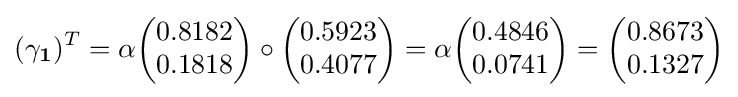
(\mathbf {\gamma _{1}} )^{T}=\alpha {\begin{pmatrix}0.8182\\0.1818\end{pmatrix}}\circ {\begin{pmatrix}0.5923\\0.4077\end{pmatrix}}=\alpha {\begin{pmatrix}0.4846\\0.0741\end{pmatrix}}={\begin{pmatrix}0.8673\\0.1327\end{pmatrix}}